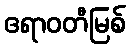
ဧရာဝတီမြစ်